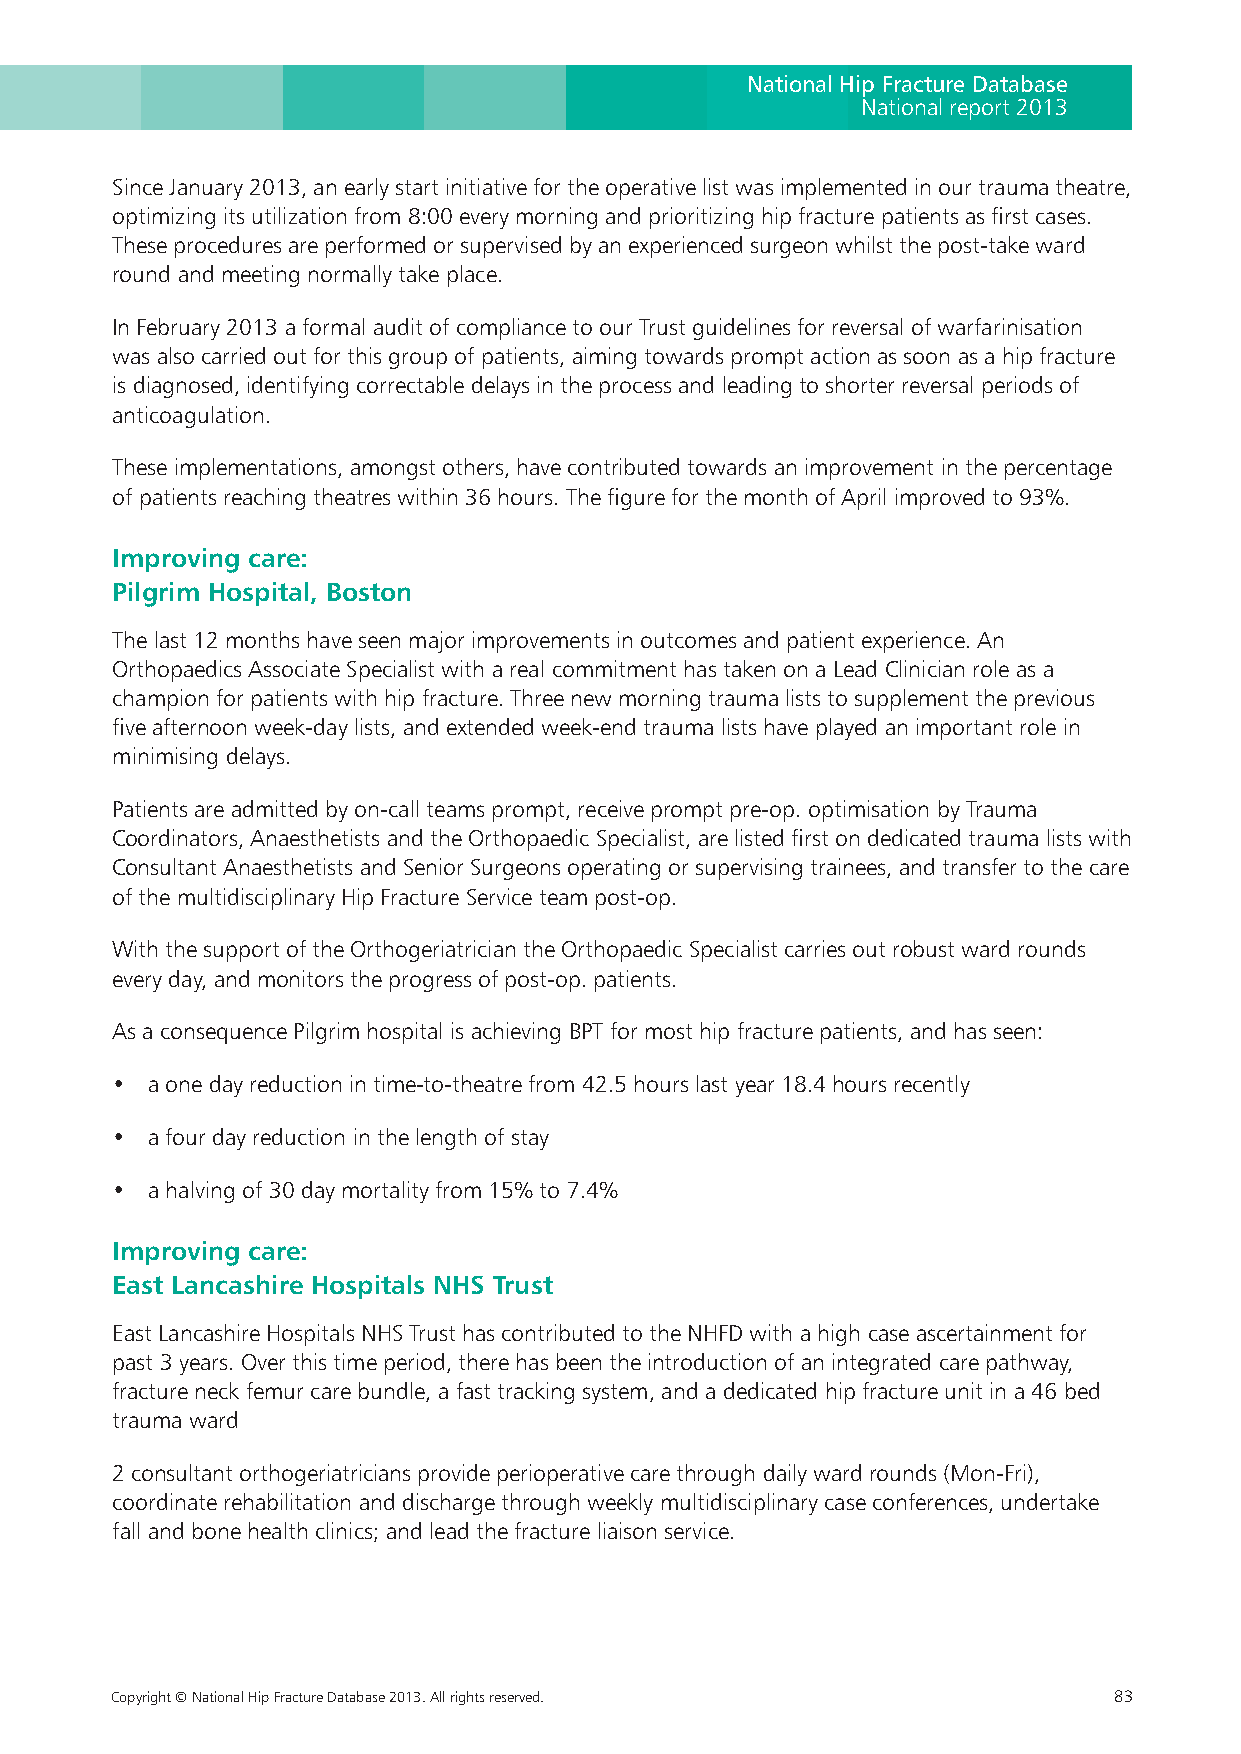
National Hip Fracture Database
 National report 2013
 Since January 2013, an early start initiative for the operative list was implemented in our trauma theatre,
 optimizing its utilization from 8:00 every morning and prioritizing hip fracture patients as first cases.
 These procedures are performed or supervised by an experienced surgeon whilst the post-take ward
 round and meeting normally take place.
 In February 2013 a formal audit of compliance to our Trust guidelines for reversal of warfarinisation
 was also carried out for this group of patients, aiming towards prompt action as soon as a hip fracture
 is diagnosed, identifying correctable delays in the process and leading to shorter reversal periods of
 anticoagulation.
 These implementations, amongst others, have contributed towards an improvement in the percentage
 of patients reaching theatres within 36 hours. The figure for the month of April improved to 93%.
 Improving care:
 Pilgrim Hospital, Boston
 The last 12 months have seen major improvements in outcomes and patient experience. An
 Orthopaedics Associate Specialist with a real commitment has taken on a Lead Clinician role as a
 champion for patients with hip fracture. Three new morning trauma lists to supplement the previous
 five afternoon week-day lists, and extended week-end trauma lists have played an important role in
 minimising delays.
 Patients are admitted by on-call teams prompt, receive prompt pre-op. optimisation by Trauma
 Coordinators, Anaesthetists and the Orthopaedic Specialist, are listed first on dedicated trauma lists with
 Consultant Anaesthetists and Senior Surgeons operating or supervising trainees, and transfer to the care
 of the multidisciplinary Hip Fracture Service team post-op.
 With the support of the Orthogeriatrician the Orthopaedic Specialist carries out robust ward rounds
 every day, and monitors the progress of post-op. patients.
 As a consequence Pilgrim hospital is achieving BPT for most hip fracture patients, and has seen:
 •  a one day reduction in time-to-theatre from 42.5 hours last year 18.4 hours recently
 •  a four day reduction in the length of stay
 •  a halving of 30 day mortality from 15% to 7.4%
 Improving care:
 East Lancashire Hospitals NHS Trust
 East Lancashire Hospitals NHS Trust has contributed to the NHFD with a high case ascertainment for
 past 3 years. Over this time period, there has been the introduction of an integrated care pathway,
 fracture neck femur care bundle, a fast tracking system, and a dedicated hip fracture unit in a 46 bed
 trauma ward
 2 consultant orthogeriatricians provide perioperative care through daily ward rounds (Mon-Fri),
 coordinate rehabilitation and discharge through weekly multidisciplinary case conferences, undertake
 fall and bone health clinics; and lead the fracture liaison service.
 Copyright © National Hip Fracture Database 2013. All rights reserved. 83